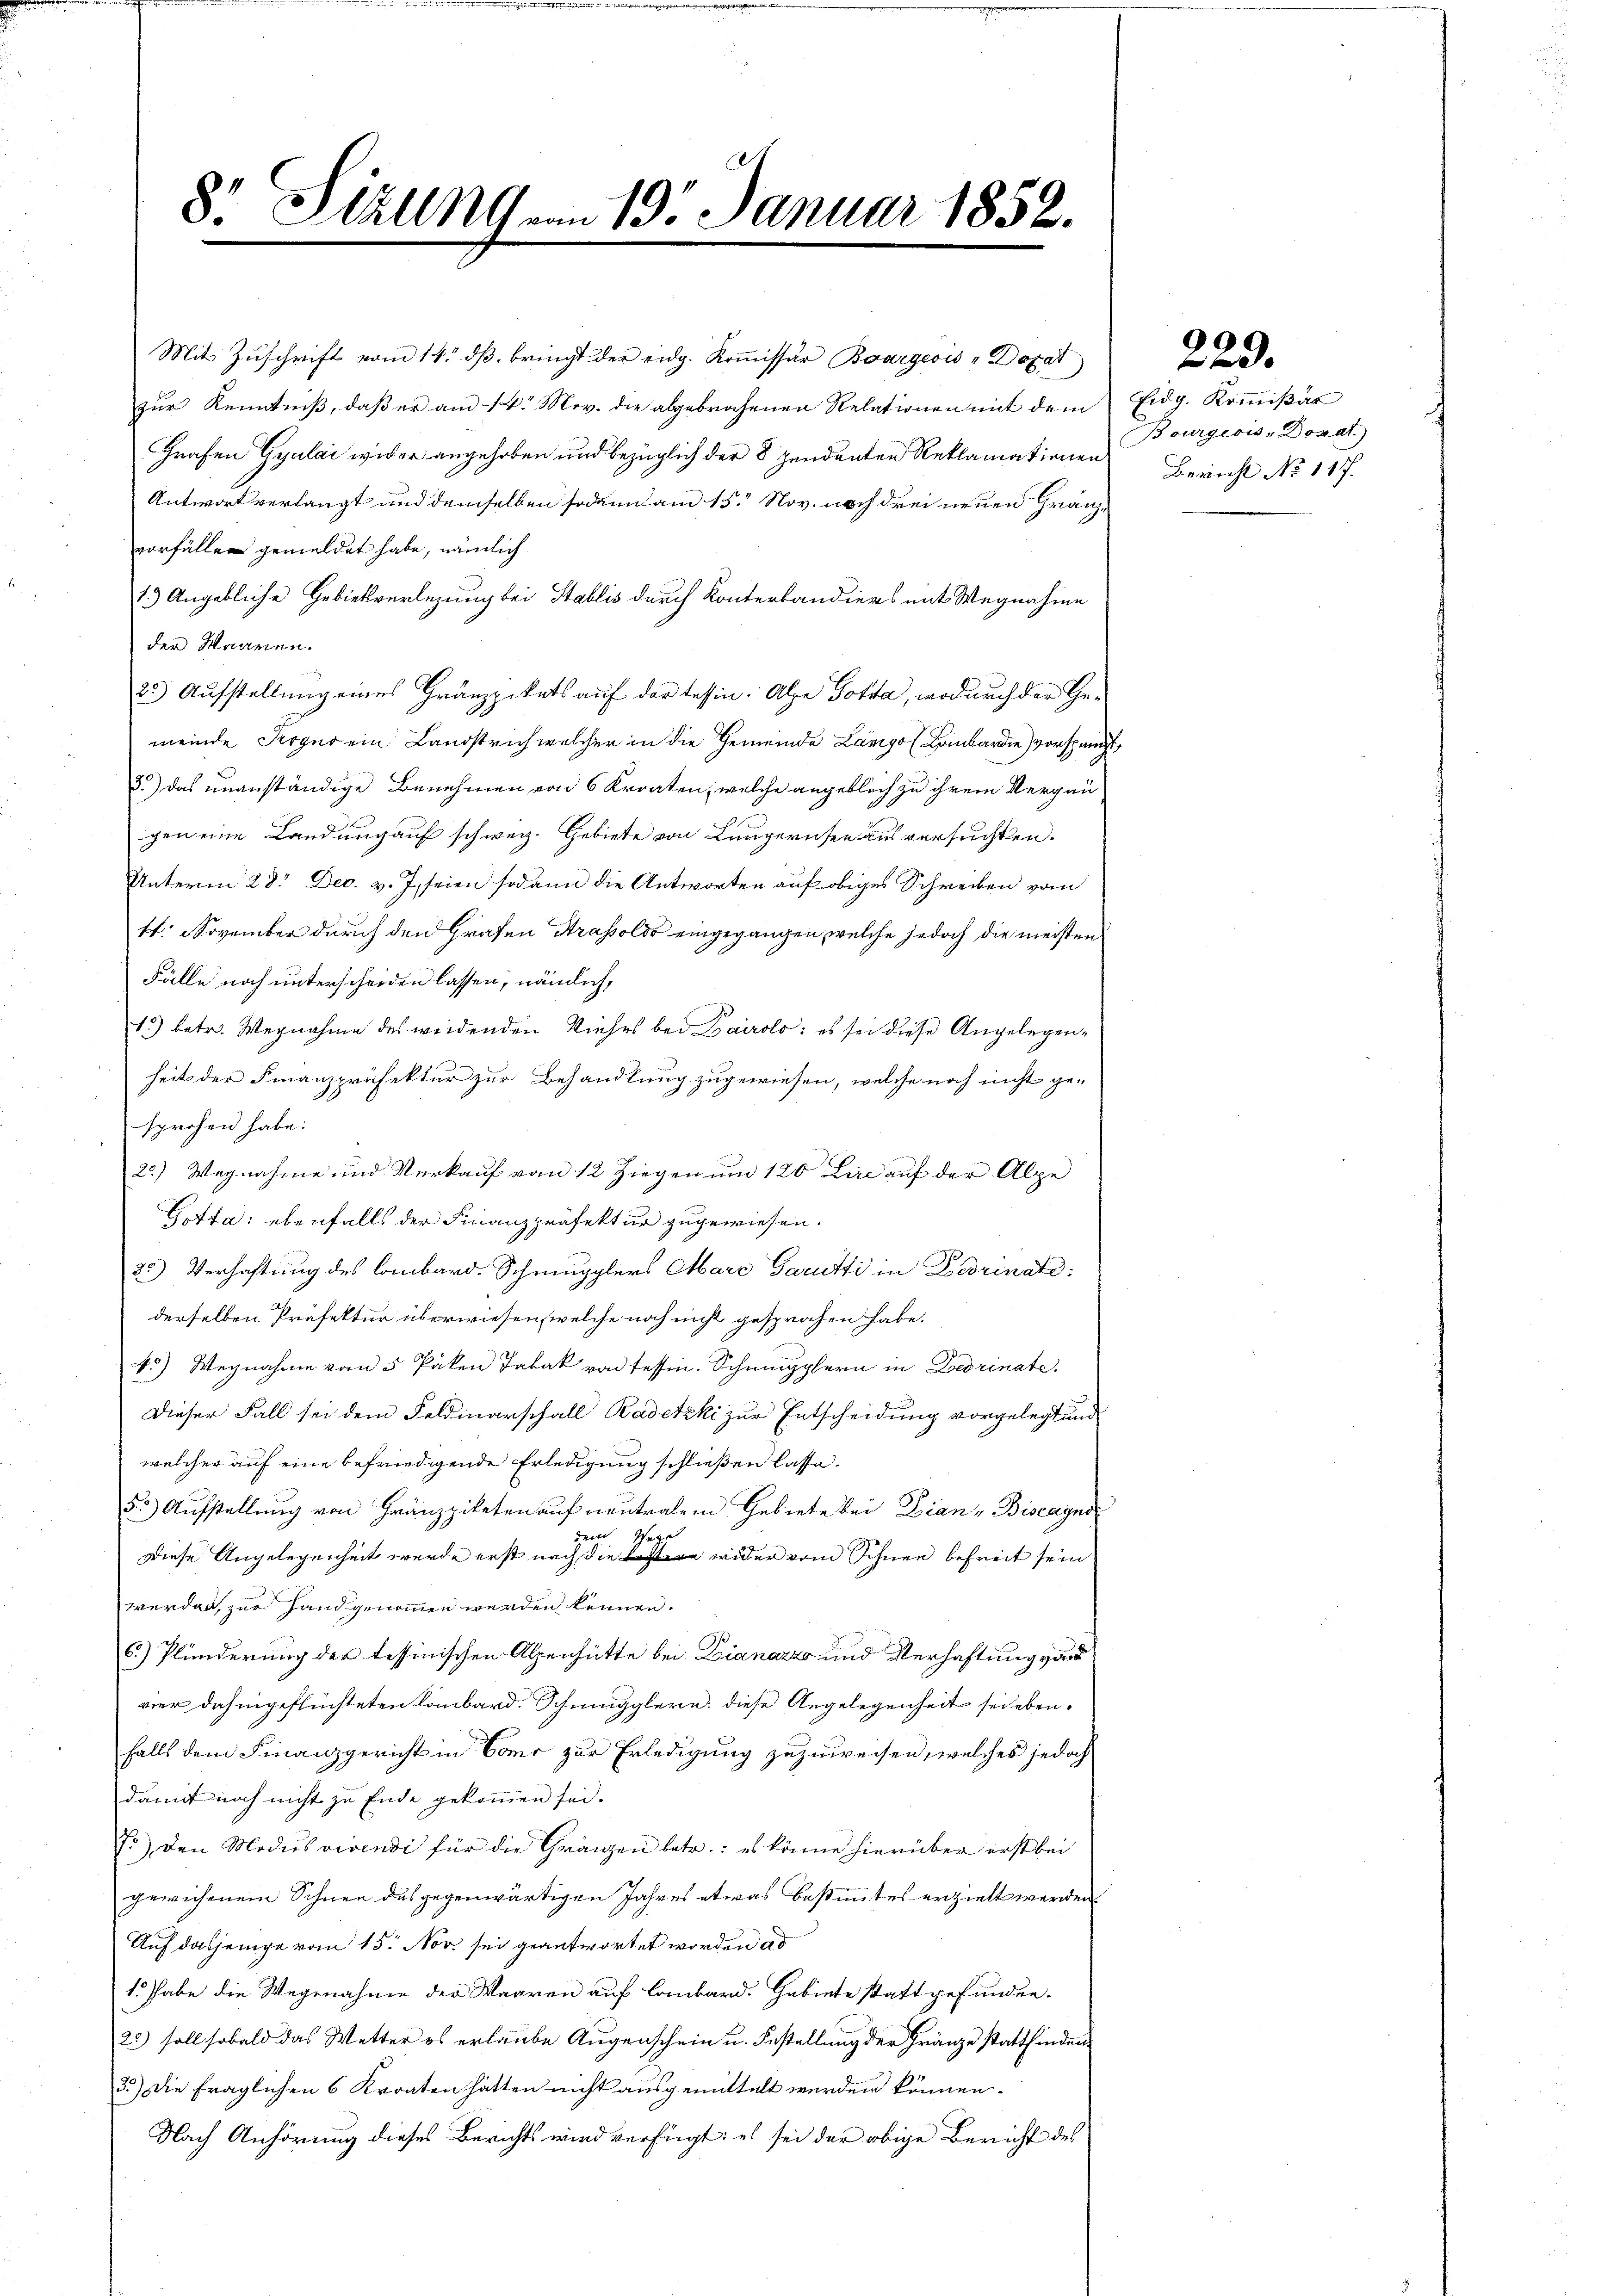
8. Ställ vom 19. Januar 1852.

zŭr Kenntniβ, daβ er am 14. Mov. die abgebrochenen Relationen mit dem Eidg. Koṁiβar
Grafen Gyulai wider angehoben und bezüglich der 8 pendanten Reklamationen
Antwort verlangt und demselben sodann am 15. Nov. noch drei neuen Gränzvorfällen gemeldet habe, nämlich
1.) Angebliche Gebietverlegung bei Stablis durch Konterbandiers mit Wegnahme
der Waaren.
25) Aufstellung eines Gränzpikats auf der tessin: Alpe Gotta, wodurch der Gemeinde Perger ein Landstrich welcher in die Gemeinde Lango (Lombardie) vorspringt,
3.) Das unanständige Benehmen von 6 Kroaten, welche angeblich zu ihrem Vergnü-
gen eine Landung auf schweiz. Gebiete von Längernsee aus versuchten.
Unterm 28. Dec. v. J. seien sodann die Antworten auf obiges Schreiben vom
11. November durch den Grafen Strassoldo eingegangen, welche jedoch die meisten
Fälle noch unterscheiden lassen, nämlich,
1.) betr. Wegnahme des weidenden Dieses bei Bairolo: es sei diese Angelegenheit der Finanzpräfektur zur Behandlung zugewiesen, welche noch nicht ge-
sprochen habe.
2.) Wegnahme und Verkauf vom 12 Ziegen um 120 Lini auf der Alpe
Gotta: ebenfalls der Finanzpräfektur zugewiesen.
32) Verhaftung des lombard. Schmugglers Mare Garutti in Darinati
derselben Präfektur überwiesen, welche noch nicht gesprochen habe.
4.) Wegnahme von 5 Paken Tabak von Tessin. Schnupplern in Bedrinate.
Dieser Fall sei dem Feldinarschall Radetzki zur Entscheidung vorgelegt und
welcher auf eine befriedigende Erledigung schließen lasse.
53) Aufstellung von Gränzziketen auf neutralem Gebiete bei Dian - Biscagno
dem Wege
Diese Angelegenheit werde erst nach die Kostere wider vom Schnee befreit sein
werden, zur Hand genommen werden können.
6.) Plünderung der tessinischen Alpenhütte bei Dianazzo und Verhaftung von
vier dahingeflüchteten Lombard. Schmugglern, diese Angelegenheit sei ebenfalls dem Finanzgericht in Como zur Erledigung zuzuweisen, welches jedoch
damit noch nicht zu Ende gekommen sei.
J) den Modus vivendi für die Gränzen betr.: es könne hierüber erst bei
gewichenem Schnee des gegenwärtigen Jahres etwas bestimmtes erzielt werden.
Auf dasjenige vom 15. Nov. sei geantwortet worden ad
1. habe die Wegenahme der Waaren auf lombard. Gebiete stattgefunden.
22) soll sobald das Wetter es erlaube Augenschein u. Bestellung der Fränze stattfinden
3.) Die fraglichen 6 Kroaten hätten nicht ausgemittelt werden können.
Nach Anhörung dieses Berichts wird verfügt: es sei der obige Bericht des

Mit Zŭschrift vom 14. dβ, bringt der eidg. Koṁissär Bourgeois Dozat

90
d

Bourgeois Dozat.)
Bericht No 117.